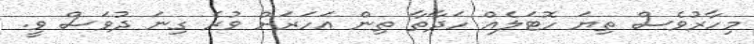
މިހާރުވެސް ތިޔަ ހޮޓަލެއް ހަދާތާ ތިން އަހަރަށް ވުރެ ގިނަ ދުވަސް ވީ.